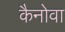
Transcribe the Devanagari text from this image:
कैनोवा